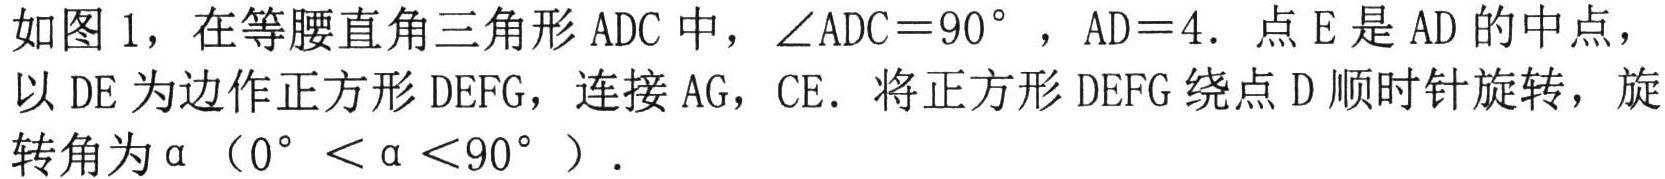
如图 1，在等腰直角三角形 ADC 中，\(\angle ADC = 90^{\circ}\) ，\(AD = 4\)．点 E 是 AD 的中点，以 DE 为边作正方形 DEFG，连接 AG，CE．将正方形 DEFG 绕点 D 顺时针旋转，旋转角为\(\alpha\)（\(0^{\circ}<\alpha<90^{\circ}\)）．